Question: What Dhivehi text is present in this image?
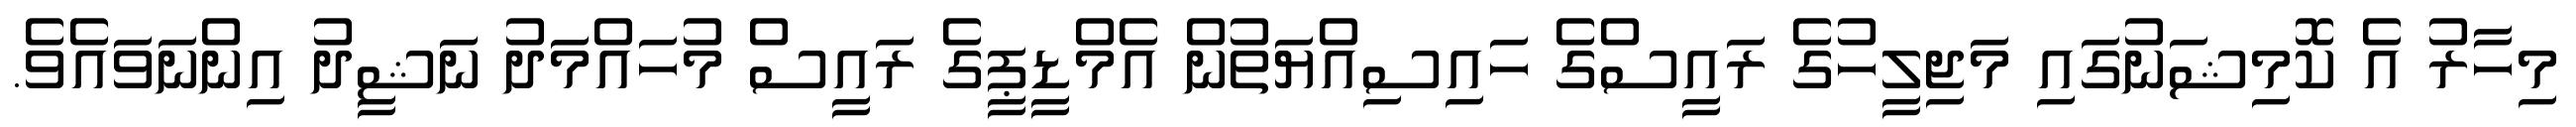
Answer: މިހާރު އެ ކޮމިޝަނުގައި މަޖިލީހުގެ ރައީސްގެ ހައިސިއްޔަތުން އެމްޑީޕީގެ ރައީސް މުހައްމަދު ނަޝީދު އިންނަވައެވެ.